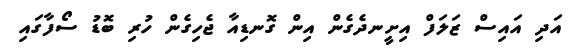
އަދި އައިސް ޒަލަފް އިށީނދެގެން އިން ގޮނޑިއާ ޖެހިގެން ހުރި ބޮޑު ސޯފާގައި